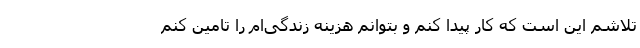
تلاشم این است که کار پیدا کنم و بتوانم هزینه زندگی‌ام را تامین کنم